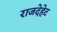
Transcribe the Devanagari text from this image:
राजदेहेट